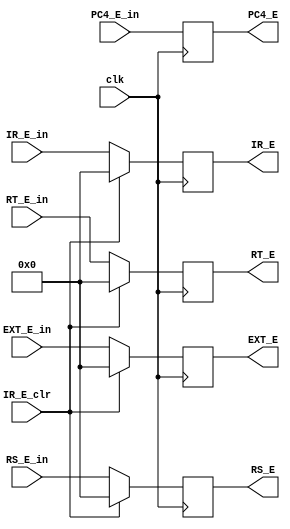
module ID_EX(clk,IR_E_clr,
           IR_E_in,PC4_E_in,RS_E_in,RT_E_in,EXT_E_in,//input
           IR_E,PC4_E,RS_E,RT_E,EXT_E);//output
   parameter WIDTH=32;
   input clk,IR_E_clr;//clock,1:insert nop
   
   input [WIDTH-1:0]IR_E_in,//instraction
                    PC4_E_in,//pc+4
                    RS_E_in,//rs data
                    RT_E_in,//rt data
                    EXT_E_in;//ext 
   
   output [WIDTH-1:0]IR_E,//instraction
                    PC4_E,//pc+4
                    RS_E,//rs data
                    RT_E,//rt data
                    EXT_E;//ext        
                               
   reg [WIDTH-1:0] IR,PC4,RS,RT,EXT;  
   
   always@(posedge clk)
   begin
     IR<=(IR_E_clr==0)? IR_E_in:32'b0;
     PC4<=PC4_E_in;
     RS<=(IR_E_clr==0)? RS_E_in:32'b0;//?
     RT<=(IR_E_clr==0)? RT_E_in:32'b0;//?
     EXT<=(IR_E_clr==0)? EXT_E_in:32'b0;//?
   end
   
   assign IR_E=IR;
   assign PC4_E=PC4;
   assign RS_E=RS;
   assign RT_E=RT;
   assign EXT_E=EXT;
 endmodule